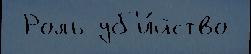
 Роль уб'и́йство